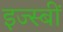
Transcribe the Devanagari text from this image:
इज्स्बीं